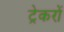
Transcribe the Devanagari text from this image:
ट्रेकरों